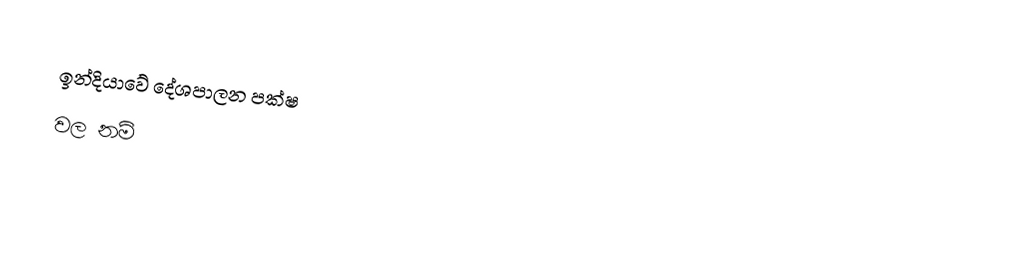
ඉන්දියාවේ දේශපාලන පක්ෂ
වල නම්